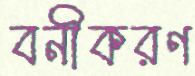
বনীকরণ